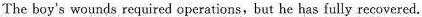
The boy's wounds required operations,but he has fully recovered.